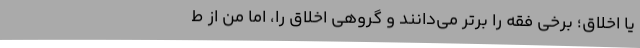
یا اخلاق؛ برخی فقه را برتر می‌دانند و گروهی اخلاق را، اما من از ط